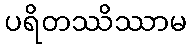
ပရိတဿိဿာမ